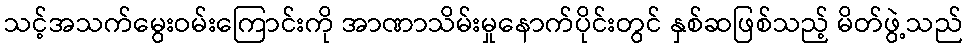
သင့်အသက်မွေးဝမ်းကြောင်းကို အာဏာသိမ်းမှုနောက်ပိုင်းတွင် နှစ်ဆဖြစ်သည့် မိတ်ဖွဲ့သည်